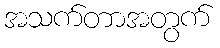
အသက်တာအတွက်